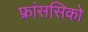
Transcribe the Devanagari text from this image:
फ्रांससिको